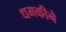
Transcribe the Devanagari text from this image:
धमकीने